Medical and sanitary report of the native army of Bengal for the year
Year: 1874
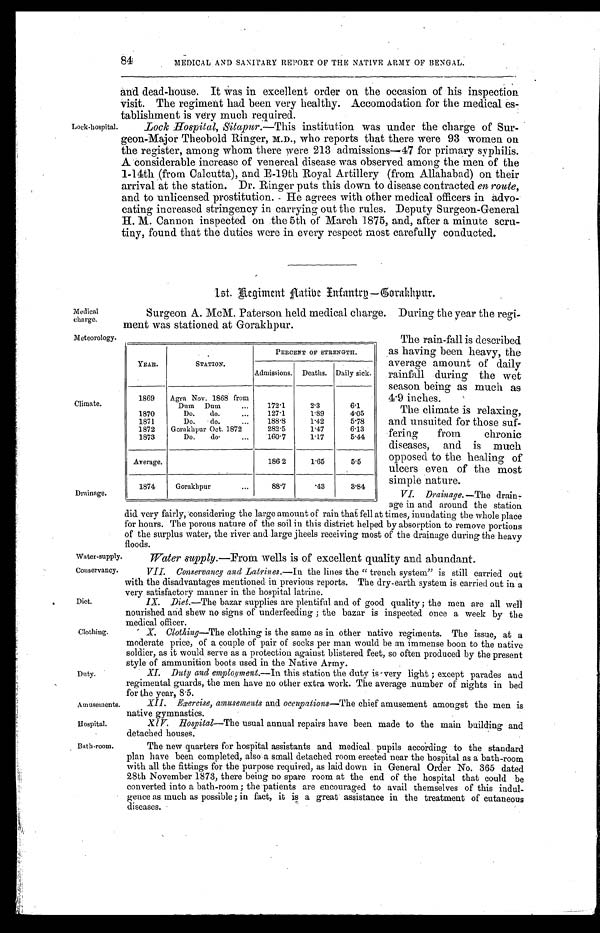
Medical
charge.
Meteorology.
Conservancy.
Diet.
Clothing.
Duty.
Amusements
Hospital.
Bath-room.
84
MEDICAL AND SANITARY REPORT OF THE NATIVE ARMY OF BENGAL.
Lock-hospital
and dead-house. It was in excellent order on the occasion of his inspection
visit. The regiment had been very healthy. Accomodation for the medical es
-tablishment is very much required.
Lock Hospital, Sitapur.—This institution was under the charge of Sur
-geon-Major Theobold Ringer, M.D., who reports that there were 93 women on
the register, among whom there were 213 admissions—47 for primary syphilis.
A considerable increase of venereal disease was observed among the men of the
1-14th (from Calcutta), and E-19th Royal Artillery (from Allahabad) on their
arrival at the station. Dr. Ringer puts this down to disease contracted en route,
and to unlicensed prostitution. He agrees with other medical officers in advo
-cating increased stringency in carrying out the rules. Deputy Surgeon-General
H. M. Cannon inspected on the 5th of March 1875, and, after a minute scru-
-tiny, found that the duties were in every respect most carefully conducted.
Climate.
Drainage.
1st. Re giment Native Infantry—Gorakhpur.
Surgeon A. McM. Paterson held medical charge. During the year the regi
-ment was stationed at Gorakhpur.
The rain-fall is described
as having been heavy, the
average amount of daily
rainfall during the wet
season being as much as
4.9 inches.
The climate is relaxing,
and unsuited for those suf
-fering from chronic
diseases, and is much
opposed to the healing of
ulcers even of the most
simple nature.
VI. Drainage. —The drain
- a g e i n a n d a r o u n d t h e s t a t i o n
did very fairly, considering the large amount of rain that fell at times, inundating the whole place
for hours. The porous nature of the soil in this district helped by absorption to remove portions
of the surplus water, the river and large jheels receiving most of the drainage during the heavy
floods.
YEAR.
STATION.
PERCENT OF STRENGTH.
Admissions.
Deaths. Daily sick.
1869
Agra Nov. 1868 from
Dum Dum . . .
172.1
2.3
6.1
1870
Do. do. . . .
127.1
1.89
4.05
1871
Do. do.. . .
188.8
1.42
5.78
1872
Gorakhpur Oct. 1872
282.5
1.47
6.13
1873
Do. do. . . .
160.7
1.17
5.44
Average.
186.2
1.65
5.5
1874
Gorakhpur. . .
88.7
.43
3.84
Water-supply.
Water supply.—From wells is of excellent quality and abundant.
VII. Conservancy and Latrines.—In the lines the "trench system" is still carried out
with the disadvantages mentioned in previous reports. The dry-earth system is carried out in a
very satisfactory manner in the hospital latrine.
IX. Diet.—The bazar supplies are plentiful and. of good quality; the men are all well
nourished and shew no signs of underfeeding ; the bazar is inspected once a week by the
medical officer.
X. Clothing—The clothing is the same as in other native regiments. The issue, at a
moderate price, of a couple of pair of socks per man would be an immense boon to the native
soldier, as it would serve as a protection against blistered feet, so often produced by the present
style of ammunition boots used in the Native Army.
XI. Duty and employment.—In this station the duty is very light; except parades and
regimental guards, the men have no other extra work. The average number of nights in bed
for the year, 8.5.
XII. Exercise, amusements and occupations—The chief amusement amongst the men is
native gymnastics.
X1V. Hospitat—The usual annual repairs have been made to the main building and
detached houses.
The new quarters for hospital assistants and medical pupils according to the standard
plan have been completed, also a small detached room erected near the hospital as a bath-room
with all the fittings for the purpose required, as laid down in General Order No. 365 dated
28th November 1873, there being no spare room at the end of the hospital that could be
converted into a bath-room; the patients are encouraged to avail themselves of this indul
-gence as much as possible; in fact, it is a great assistance in the treatment of cutaneous
diseases.